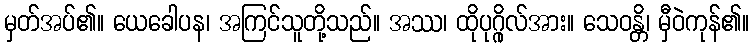
မှတ်အပ်၏။ ယေခေါပန၊ အကြင်သူတို့သည်။ အဿ၊ ထိုပုဂ္ဂိုလ်အား။ သေဝန္တိ၊ မှီဝဲကုန်၏။